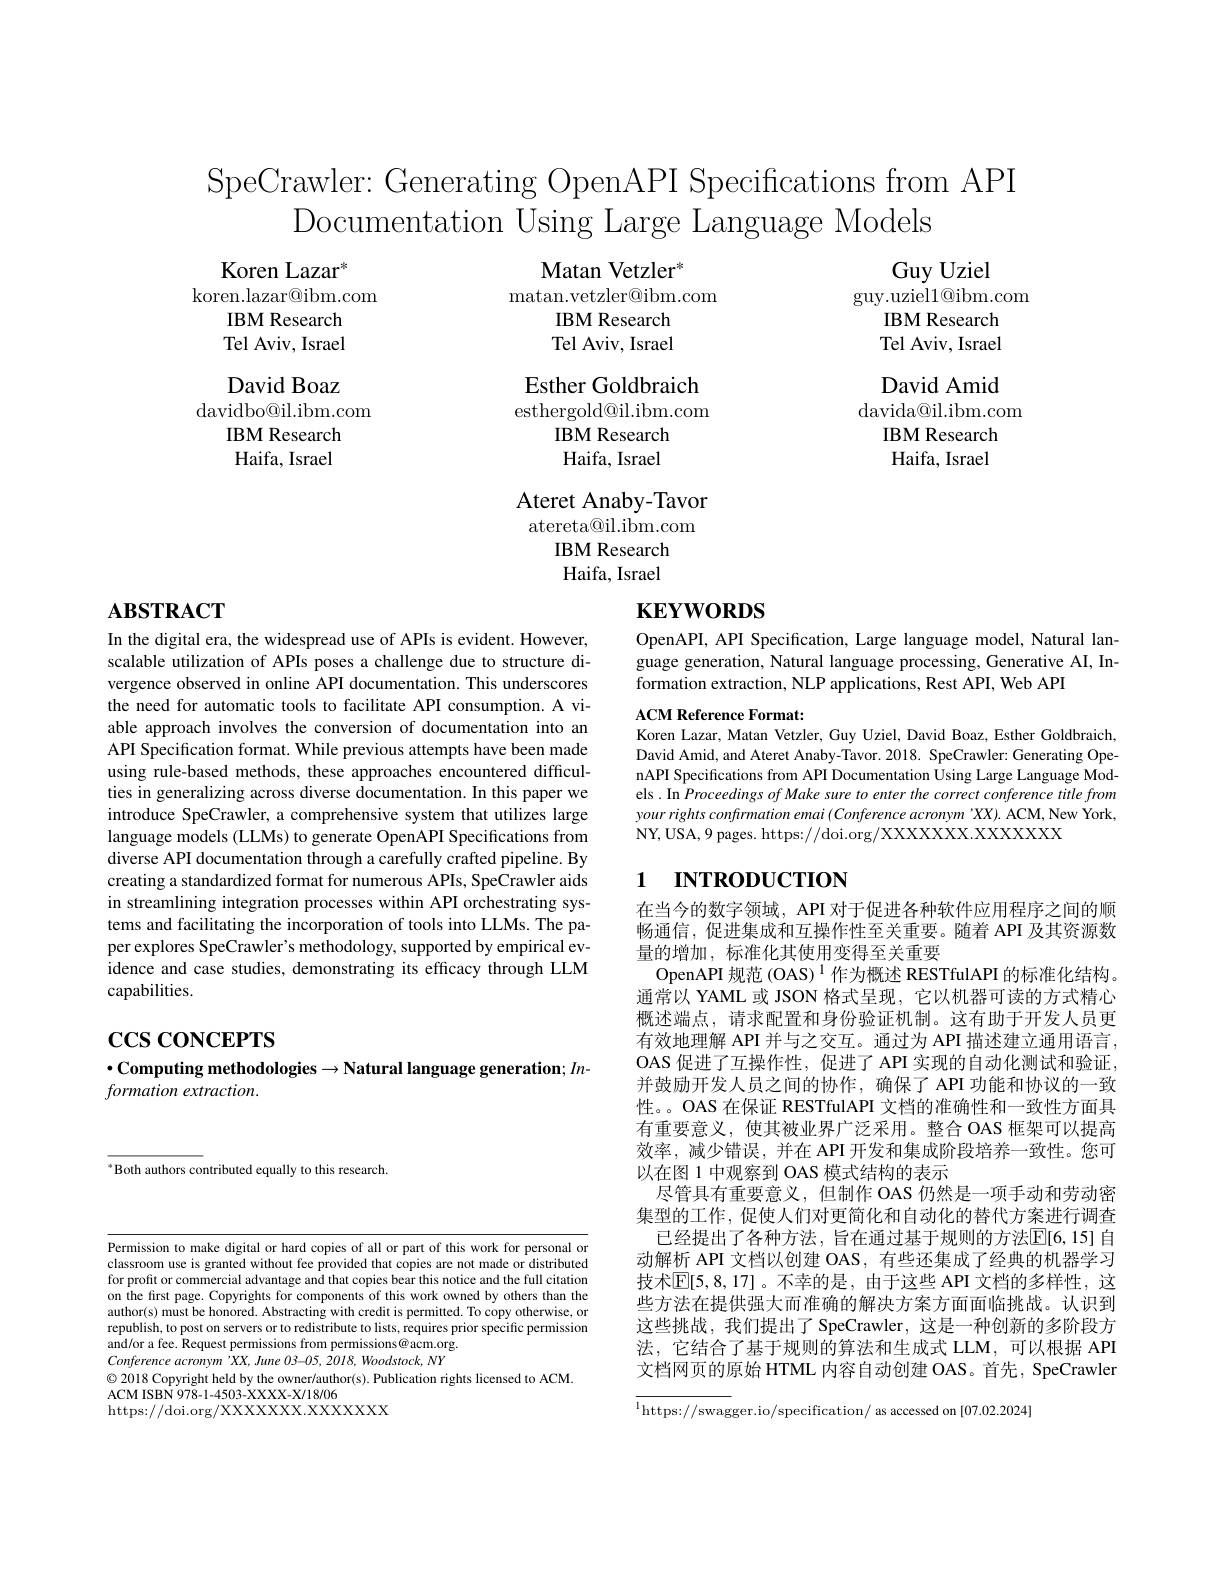
SpeCrawler: Generating OpenAPI Specifications from API
Documentation Using Large Language Models

Koren Lazar$^{*}$
koren. lazar@ ibm. com
IBM Research Tel Aviv, Israel David Boaz
davidbo@il.ibm.com
IBM Research Haifa, Israel

Guy Uziel
guy.uziel1@ibm.com
IBM Research Tel Aviv, Israel David Amid
${\mathrm{davida@il.ibm.com}}$
IBM Research Haifa, Israel

Matan Vetzler$^*$
$\operatorname*{matan.vetzler@ibm.com}$
IBM Research Tel Aviv, Israel
Esther Goldbraich esthergold@il.ibm.com
IBM Research Haifa, Israel
Ateret Anaby-Tavor atereta@il.ibm.com
IBM Research Haifa, Israel

# $\mathbf{KEYWORDS}$

# $\mathbf{ABSTRACT}$

OpenAPI, API Specification, Large language model, Natural language generation, Natural language processing, Generative AI, Information extraction, NLP applications, Rest API, Web API

ACM Reference Format:
Koren Lazar, Matan Vetzler, Guy Uziel, David Boaz, Esther Goldbraich David Amid, and Ateret Anaby-Tavor. 2018. SpeCrawler: Generating OpenAPI Specifications from API Documentation Using Large Language Models . In Proceedings of Make sure to enter the correct conference title from your rights confirmation emai (Conference acronym 'XX). ACM, New York, NY, USA, 9 pages. https://doi.org/XXXXXXX.XXXXX

In the digital era, the widespread use of APIs is evident. However, scalable utilization of APIs poses a challenge due to structure divergence observed in online API documentation. This underscores the need for automatic tools to facilitate API consumption. A viable approach involves the conversion of documentation into an API Specification format. While previous attempts have been made using rule-based methods, these approaches encountered difficulties in generalizing across diverse documentation. In this paper we introduce SpeCrawler, a comprehensive system that utilizes large language models (LLMs) to generate OpenAPI Specifications from diverse API documentation through a carefully crafted pipeline. By creating a standardized format for numerous APIs, SpeCrawler aids in streamlining integration processes within API orchestrating systems and facilitating the incorporation of tools into LLMs. The paper explores SpeCrawler's methodology, supported by empirical evidence and case studies, demonstrating its efficacy through LLM capabilities.

# 1 INTRODUCTION

$\operatorname{ccs}$coNCEPTS

## $\bullet$Computing methodologies$\to$Natural language generation; $In-$ $formation\textit{extraction}.$

在当今的数字领域，API 对于促进各种软件应用程序之间的顺畅通信，促进集成和互操作性至关重要。随着 API 及其资源数量的增加，标准化其使用变得至关重要
OpenAPI 规范 (OAS)$^{1}$作为概述 RESTfulAPI 的标准化结构。通常以 YAML 或 JSON 格式呈现，它以机器可读的方式精心概述端点，请求配置和身份验证机制。这有助于开发人员更有效地理解 API 并与之交互。通过为 API 描述建立通用语言， OAS 促进了互操作性，促进了 API 实现的自动化测试和验证， 并鼓励开发人员之间的协作，确保了 API 功能和协议的一致性。。OAS 在保证 RESTfulAPI 文档的准确性和一致性方面具有重要意义，使其被业界广泛采用。整合 OAS 框架可以提高效率，减少错误，并在 API 开发和集成阶段培养一致性。您可以在图 1 中观察到 OAS 模式结构的表示
尽管具有重要意义，但制作 OAS 仍然是一项手动和劳动密集型的工作，促使人们对更简化和自动化的替代方案进行调查
已经提出了各种方法，旨在通过基于规则的方法$\boxed{\mathrm{E}}[6,15]$ 自动解析 API 文档以创建 OAS, 有些还集成了经典的机器学习技术$\mathbb{E}[5,8,17]$。不幸的是，由于这些 API 文档的多样性，这些方法在提供强大而准确的解决方案方面面临挑战。认识到这些挑战，我们提出了 SpeCrawler, 这是一种创新的多阶段方法，它结合了基于规则的算法和生成式 LLM,可以根据 API 文档网页的原始 HTML 内容自动创建 OAS。首先，SpeCrawler

as Both authors contributed equally to this research.

Permission to make digital or hard copies of all or part of this work for personal or classroom use is granted without fee provided that copies are not made or distributed for profit or commercial advantage and that copies bear this notice and the full citation on the first page. Copyrights for components of this work owned by others than the author(s) must be honored. Abstracting with credit is permitted. To copy otherwise, or republish, to post on servers or to redistribute to lists, requires prior specific permission and/or a fee. Request permissions from permissions@acm.org. Conference $acronym\:^{\prime }XX, June$ $03- 05, 2018, Woodstock, NY$ $\textcircled{\circ}2018$ Copyright held by the owner/author(s). Publication rights licensed to ACM.
ACM ISBN 978- 1- 4503- XXXXX- X/ 18/ 06
https://doi.org/XXXXXX.XXXXXX

$\overline{^{1}\mathrm{https://swag}}$ger.io/specification/ as accessed on [07.02.2024]